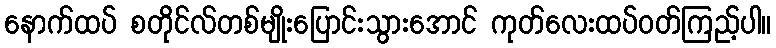
နောက်ထပ် စတိုင်လ်တစ်မျိုးပြောင်းသွားအောင် ကုတ်လေးထပ်ဝတ်ကြည့်ပါ။